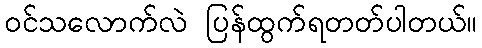
ဝင်သလောက်လဲ ပြန်ထွက်ရတတ်ပါတယ်။